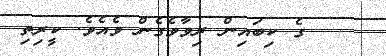
ގެ ކިބައިން ރިވާވެގެން ވެއެވެ. ކީރިތި